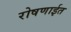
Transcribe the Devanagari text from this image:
रोषणाईत